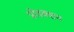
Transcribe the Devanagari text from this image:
प्रोदक्शन